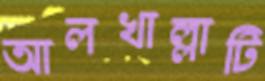
আলখাল্লাটি